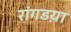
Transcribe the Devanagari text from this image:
रांगडय़ा